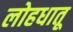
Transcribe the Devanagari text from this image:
लोहधातू